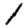
Digit: 1